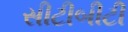
સીટીબીટી